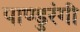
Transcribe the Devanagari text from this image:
पाण्डुरंगी